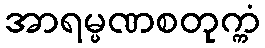
အာရမ္မဏစတုက္ကံ